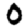
Digit: 0